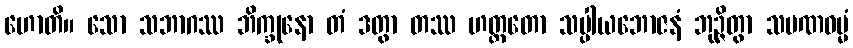
ဟောတိ။ သော သဘာဂဿ ဘိက္ခုနော တံ ဒတွာ တဿ ဟတ္ထတော သပ္ပါယဘောဇနံ ဘုဉ္ဇိတွာ သမဏဓမ္မံ